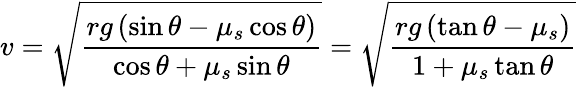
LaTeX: v={\sqrt{\frac{rg\left(\sin\theta-\mu_{s}\cos\theta\right)}{\cos\theta+\mu_{s}\sin\theta}}}={\sqrt{\frac{rg\left(\tan\theta-\mu_{s}\right)}{1+\mu_{s}\tan\theta}}}